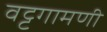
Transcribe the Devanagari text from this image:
वट्टगामणी